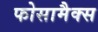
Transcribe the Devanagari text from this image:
फोसामैक्स